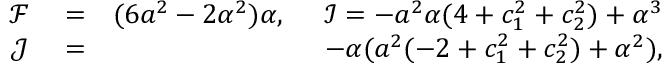
\begin{array} { r l r } { \mathcal { F } } & { { } = } & { ( 6 a ^ { 2 } - 2 \alpha ^ { 2 } ) \alpha , ~ ~ ~ ~ \mathcal { I } = - a ^ { 2 } \alpha ( 4 + c _ { 1 } ^ { 2 } + c _ { 2 } ^ { 2 } ) + \alpha ^ { 3 } } \\ { \mathcal { J } } & { { } = } & { - \alpha ( a ^ { 2 } ( - 2 + c _ { 1 } ^ { 2 } + c _ { 2 } ^ { 2 } ) + \alpha ^ { 2 } ) , } \end{array}